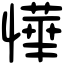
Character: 㦊